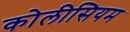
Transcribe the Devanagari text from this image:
कोलीसियम